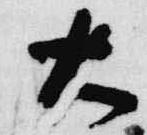
大